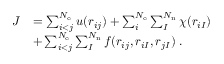
\begin{array} { r l } { J } & { = \sum _ { i < j } ^ { N _ { \mathrm { e } } } u ( r _ { i j } ) + \sum _ { i } ^ { N _ { \mathrm { e } } } \sum _ { I } ^ { N _ { \mathrm { n } } } \chi ( r _ { i I } ) } \\ & { + \sum _ { i < j } ^ { N _ { \mathrm { e } } } \sum _ { I } ^ { N _ { \mathrm { n } } } f ( r _ { i j } , r _ { i I } , r _ { j I } ) \; . } \end{array}